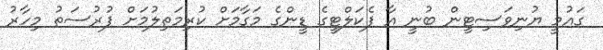
ގައުމީ ޔުނިވަސިޓީން ބުނީ އާ ފެކަލްޓީގެ ޑީންގެ މަގާމަށް ކުރިމަތިލުމަށް ފުރުސަތު މިހާރު